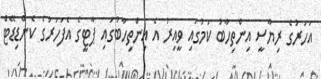
އަހަރުގެ ރިޔާސީ އިންތިހާބު ކަމުގައި ވީއިރު އެ އިންތިހާބުގައި ޕާޓީގެ އެފަހަރުގެ ކެންޑިޑޭޓް